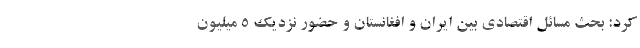
کرد: بحث مسائل اقتصادی بین ایران و افغانستان و حضور نزدیک ۵ میلیون